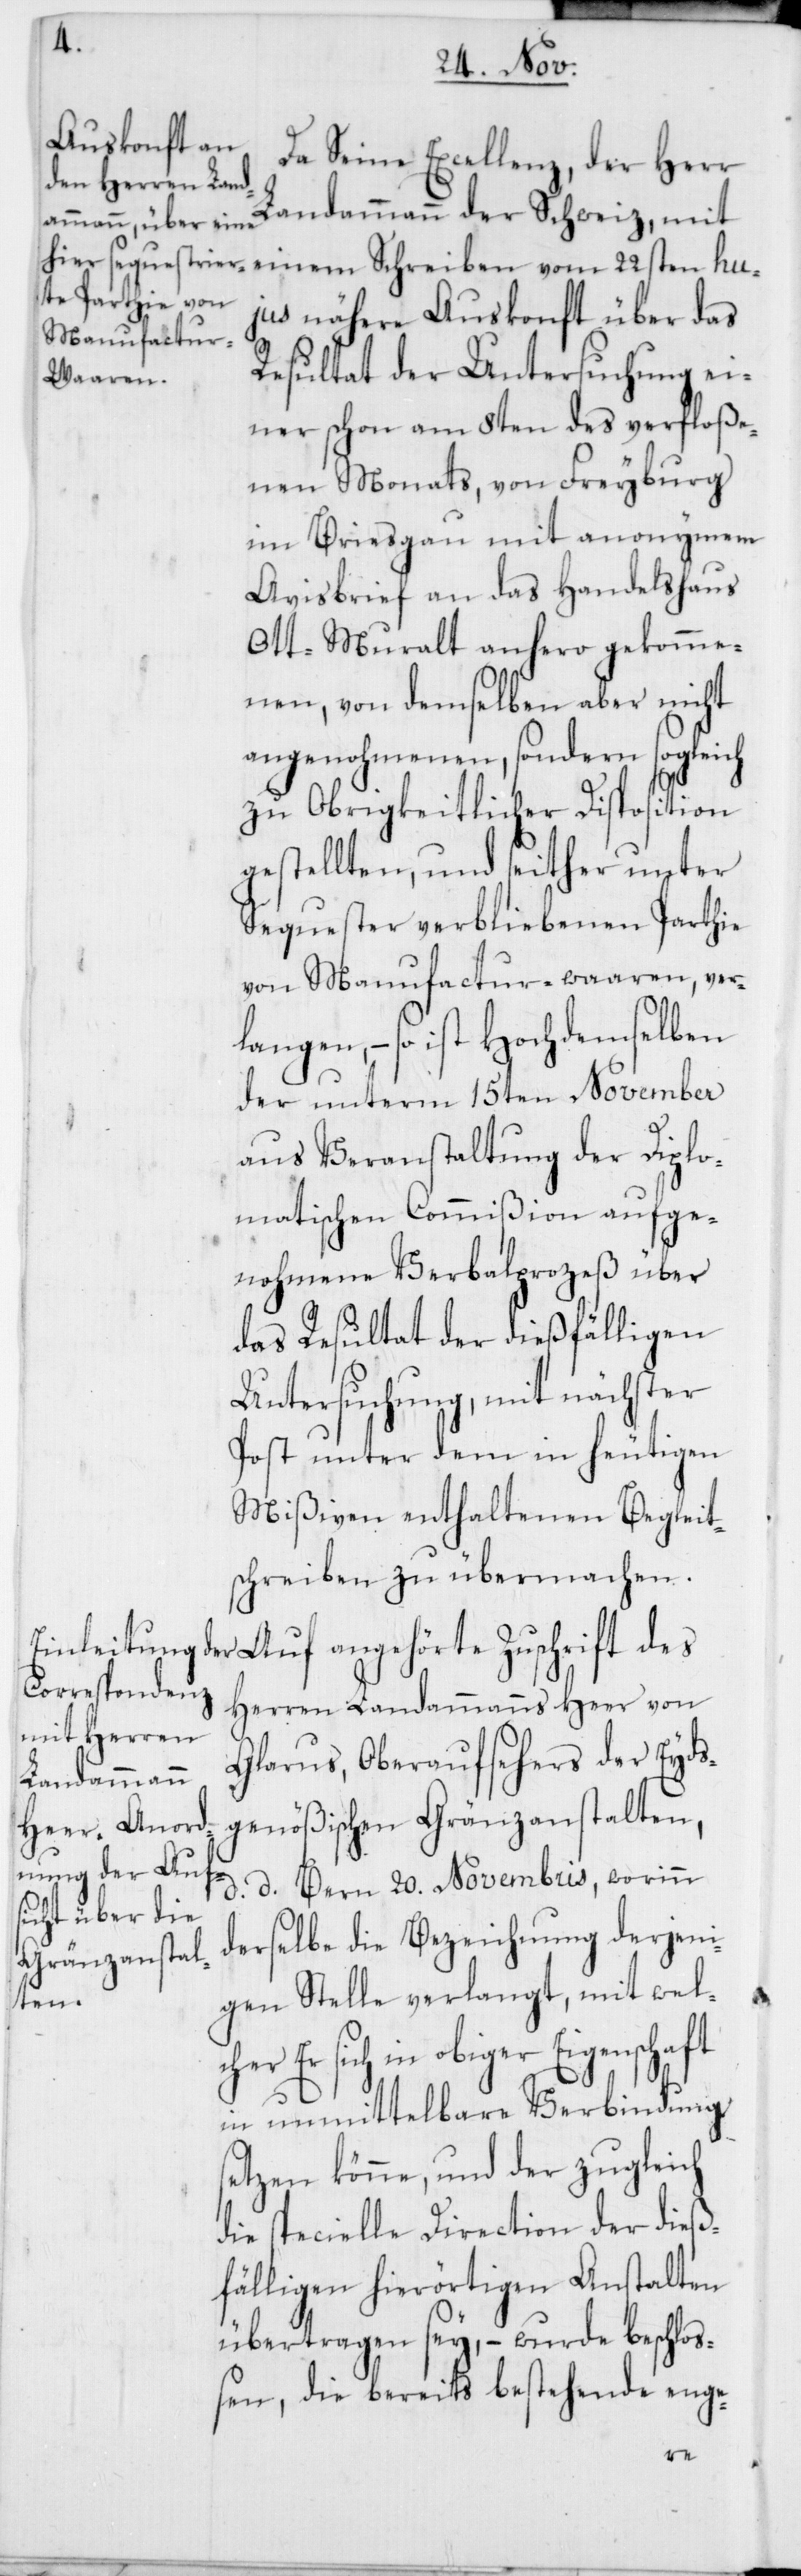
Da Seine Excellenz, der Herr
Landammann der Schweiz, mit
jus nähere Auskonft über das
Resultat der Untersuchung ei¬
ner schon am 8ten des verfloße¬
nen Monats, von Freyburg
im Briesgau mit anonymem
Avisbrief an das Handelshaus
Ott-Muralt anhero gekomme¬
n, von demselben aber nicht
angenohmenen, sondern sogleich
zu Obrigkeitlicher Disposition
gestellten, und seither unter
Sequester verbliebenen Parthie
von Manufacturwaaren, ver¬
langen, – so ist Hochdemselben
der unterm 15ten November
aus Veranstaltung der Diplo¬
matischen Commißion aufge¬
nohmene Verbalprozeß über
das Resultat der dießfälligen
Untersuchung, mit nächster
Post unter dem in heutigen
Mißiven enthaltenen Begleit¬
schreiben zu übermachen.
Herren Landammanns Heer von
Glarus, Oberaufsehers der Eyds¬
genößischen Gränzanstalten,
d. d. Bern 20. Novembris, worinn
derselbe die Bezeichnung derjeni¬
gen Stelle verlangt, mit wel¬
Er sich in obiger Eigenschaft
in unmittelbare Verbindung
setzen könne, und der zugleich
die specielle Direction der dieß¬
fälligen hierörtigen Anstalten
übertragen sey, – wurde beschloß¬
en, die bereits bestehende enge-
cher